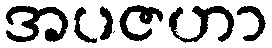
အပဇဟာ